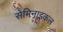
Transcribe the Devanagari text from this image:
सेमिनाइकल